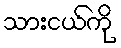
သားငယ်ကို